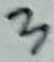
Text: 3